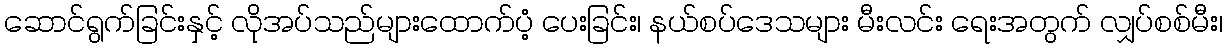
ဆောင်ရွက်ခြင်းနှင့် လိုအပ်သည်များထောက်ပံ့ ပေးခြင်း၊ နယ်စပ်ဒေသများ မီးလင်း ရေးအတွက် လျှပ်စစ်မီး၊